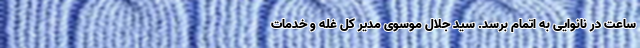
ساعت در نانوایی به اتمام برسد. سید جلال موسوی مدیر کل غله و خدمات